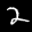
Label: 2